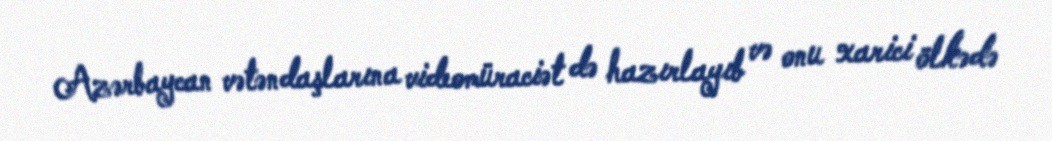
Azərbaycan vətəndaşlarına videomüraciət də hazırlayıb və onu xarici ölkədə